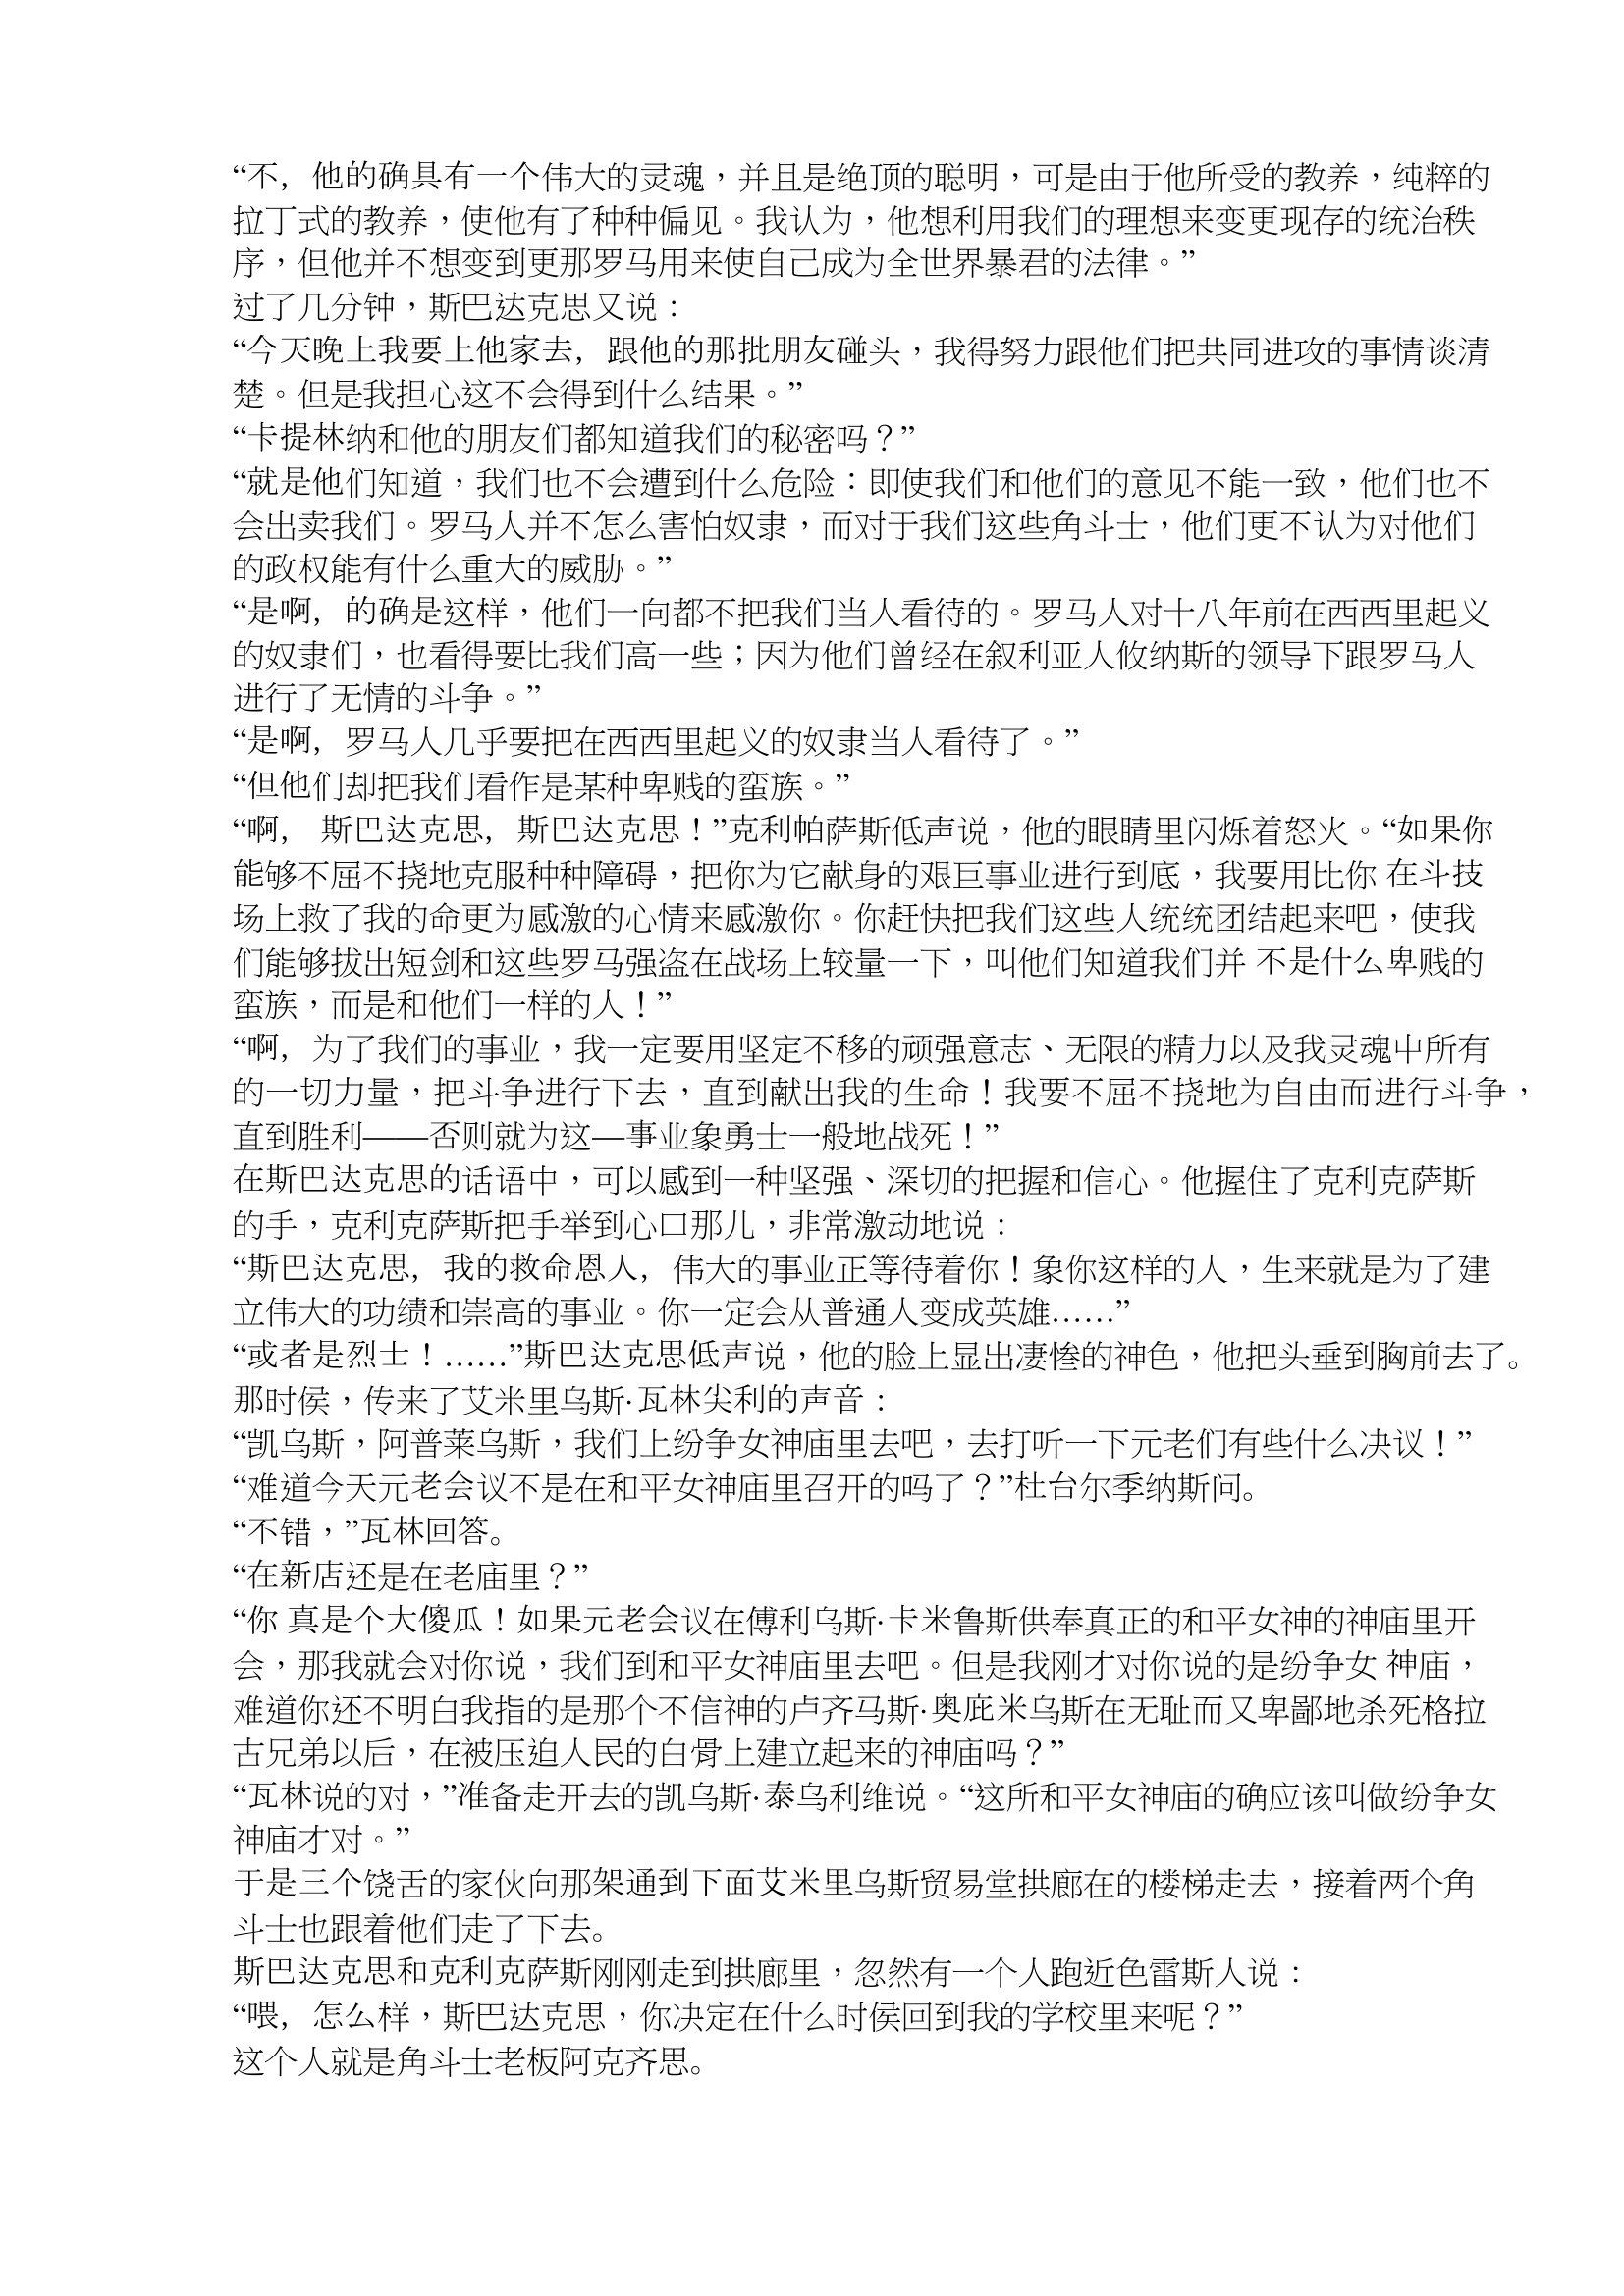
Language: zh